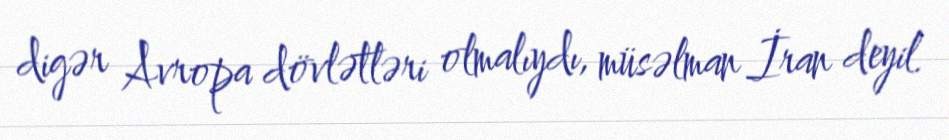
digər Avropa dövlətləri olmalıydı, müsəlman İran deyil.